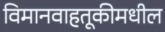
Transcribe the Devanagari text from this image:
विमानवाहतूकीमधील